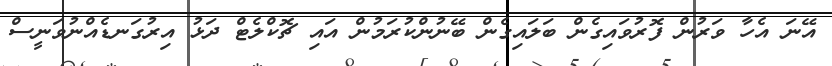
އޭނަ އެހާ ވަރުން ފޮރުވައިގެން ބަލައިގެން ބޭނުންކުރަމުން އައި ޗޮކްލެޓް ދަޅު އިރުގަނޑެއްނުވަނީސް